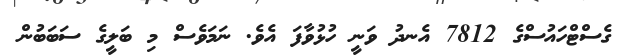
ގެސްޓްހައުސްގެ 7812 އެނދު ވަނީ ހުޅުވާފަ އެވެ. ނަމަވެސް މި ބަލީގެ ސަބަބުން